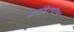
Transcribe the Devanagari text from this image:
ग्राइंडेल्वॉल्ड